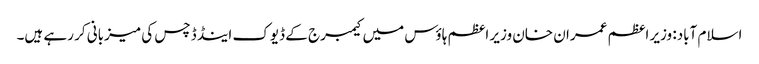
اسلام آباد: وزیر اعظم عمران خان وزیر اعظم ہاؤس میں کیمبرج کے ڈیوک اینڈ ڈچس کی میزبانی کر رہے ہیں۔